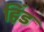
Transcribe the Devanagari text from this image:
हिंड